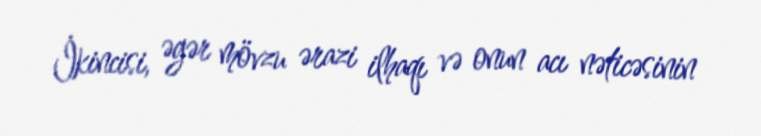
İkincisi, əgər mövzu ərazi ilhaqı və onun acı nəticəsinin